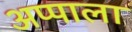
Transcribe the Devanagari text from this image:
अप्पाला